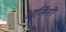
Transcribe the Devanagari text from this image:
ओर्सिनी